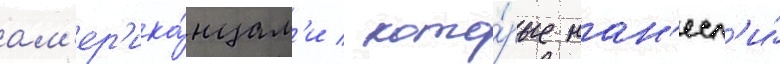
ам'ер'ика́нцам'и / кото́рые нан'есл'и́